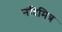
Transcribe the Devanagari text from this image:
नंदिमित्र